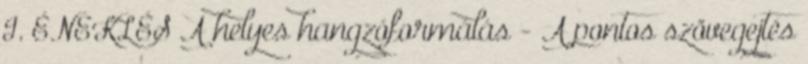
I. ÉNEKLÉS A helyes hangzóformálás - A pontos szövegejtés